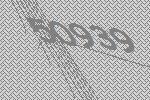
50939